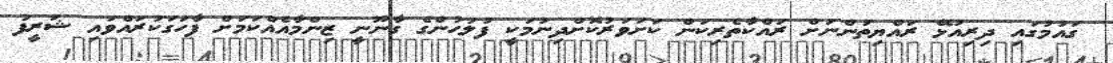
ގައުމުގައި ދިރިއުޅޭ ރައްޔިތުންނަށް ރައްކާތެރިކަން ކަށަވަރުކޮށްދިނުމަކީ ފުލުހުންގެ ގާނޫނީ ޒިންމާއެއްކަމަށް ފާހަގަކުރައްވައި ޝަރީފު